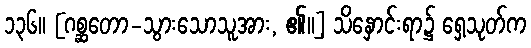
၁၃၆။ [ဂစ္ဆတော-သွားသောသူအား, ၏။] သိနှောင်းရာ၌ ရှေ့သုတ်က